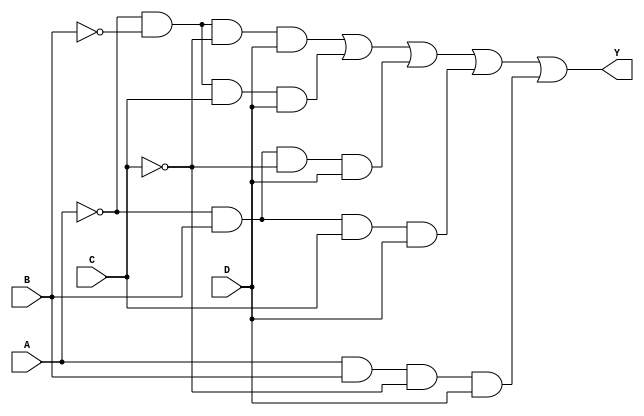
module kmap_4var (
    input wire A,    // Input variable A
    input wire B,    // Input variable B
    input wire C,    // Input variable C
    input wire D,    // Input variable D
    output wire Y    // Output variable Y
);

// Define the minterms based on the K-map
// F(A, B, C, D) = (1, 3, 5, 7, 13)
assign Y = ( (A == 0 && B == 0 && C == 0 && D == 1) || // minterm 1
             (A == 0 && B == 0 && C == 1 && D == 1) || // minterm 3
             (A == 0 && B == 1 && C == 0 && D == 1) || // minterm 5
             (A == 0 && B == 1 && C == 1 && D == 1) || // minterm 7
             (A == 1 && B == 1 && C == 0 && D == 1)    // minterm 13
           );

endmodule